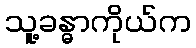
သူ့ခန္ဓာကိုယ်က